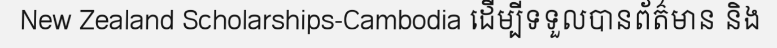
New Zealand Scholarships-Cambodia ដើម្បីទទួលបានព័ត៌មាន និង